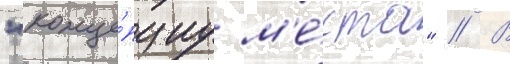
"конце́пциу м'е́ста" // В